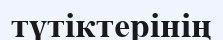
түтіктерінің